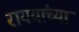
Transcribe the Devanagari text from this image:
राययांच्या